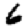
Digit: 6